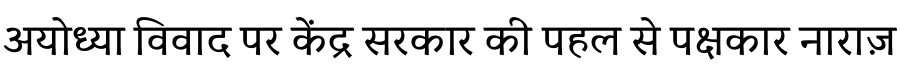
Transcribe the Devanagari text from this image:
अयोध्या विवाद पर केंद्र सरकार की पहल से पक्षकार नाराज़